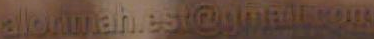
alonmah.est@gmail.com